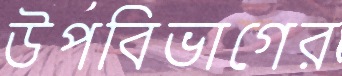
উপবিভাগের